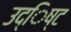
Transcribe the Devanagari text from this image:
उद्िष्ट